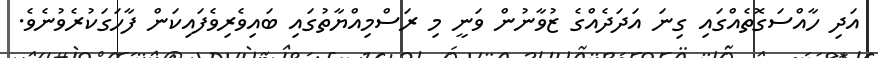
އަދި ހާއްސަގޮތެއްގައި ގިނަ އަދަދެއްގެ ޒުވާނުން ވަނީ މި ރަސްމިއްޔާތުގައި ބައިވެރިވެފައިކަން ފާހަގަކުރެވުނެވެ.